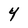
Character: 4